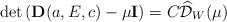
\begin{align*}\det\left({\bf D}(a,E,c)-\mu{\bf I}\right)=C\widehat{\mathcal{D}}_W(\mu)\end{align*}